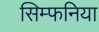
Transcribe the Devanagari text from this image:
सिम्फनिया